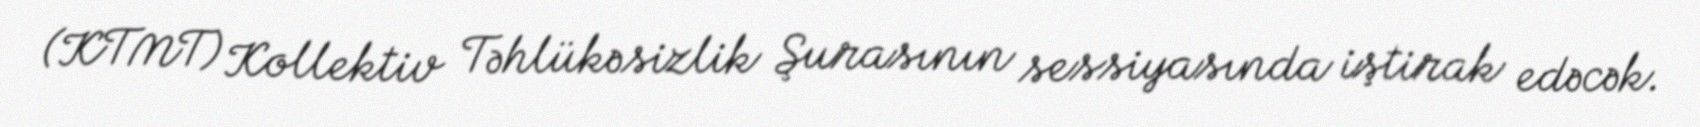
(KTMT) Kollektiv Təhlükəsizlik Şurasının sessiyasında iştirak edəcək.